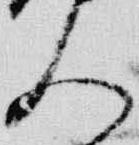
人